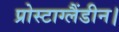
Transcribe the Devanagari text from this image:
प्रोस्टाग्लैंडीन।